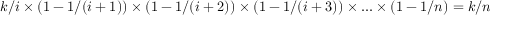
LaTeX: k / i \times ( 1 - 1 / ( i + 1 ) ) \times ( 1 - 1 / ( i + 2 ) ) \times ( 1 - 1 / ( i + 3 ) ) \times . . . \times ( 1 - 1 / n ) = k / n